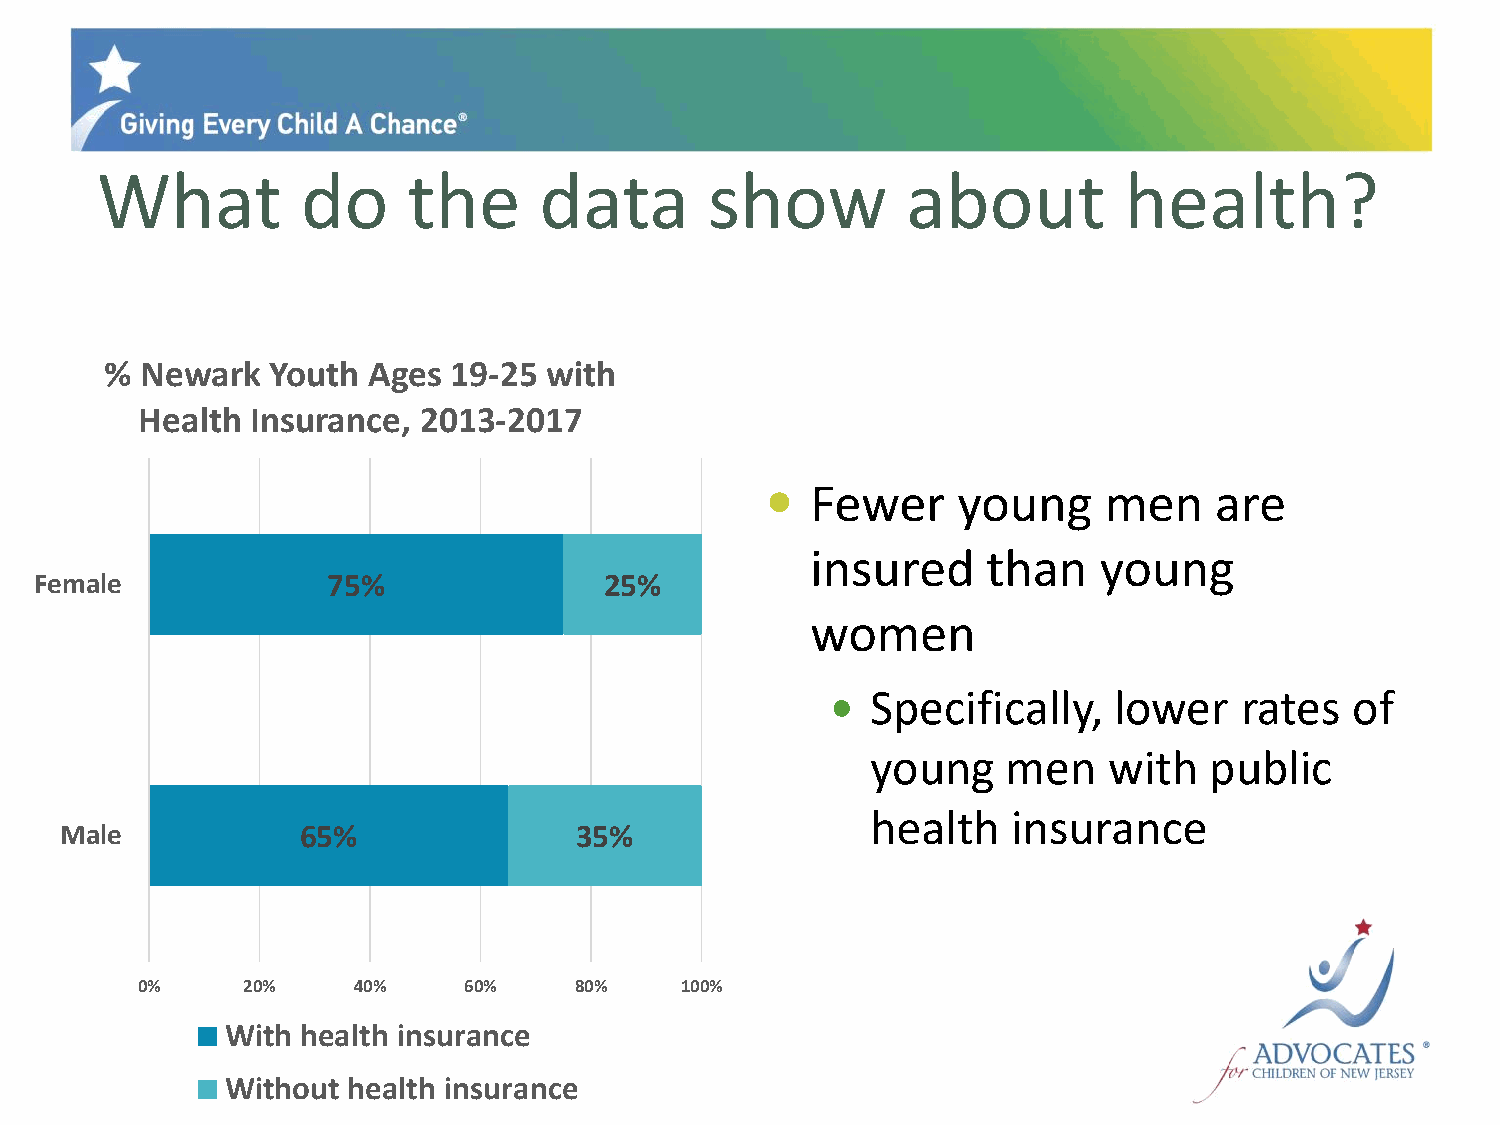
What          do     the      data       show         about         health?
 % Newark   Youth Ages  19-25 with
 Health  Insurance, 2013-2017
   Fewer    young     men    are
 insured    than    young
 Female              75%               25%
 women
   Specifically,   lower   rates   of
 young    men   with   public
 health   insurance
 Male            65%               35%
 0%     20%    40%     60%    80%    100%
 With health insurance
 Without health insurance